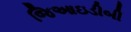
જિઆઇડીબી